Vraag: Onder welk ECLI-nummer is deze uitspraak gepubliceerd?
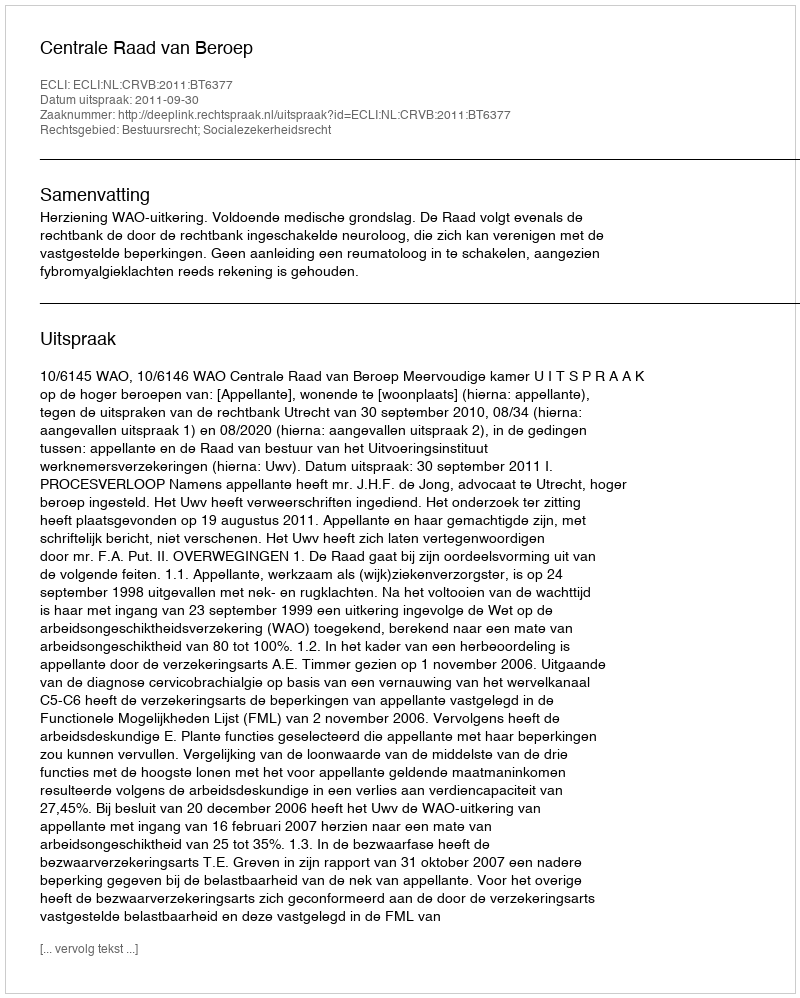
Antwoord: ECLI:NL:CRVB:2011:BT6377